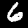
Digit: 6